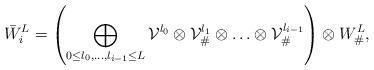
LaTeX: \begin{align*}\bar W_i^L=\left(\bigoplus_{0\le l_0,\ldots,l_{i-1}\le L}{\cal V}^{l_0}\otimes{\cal V}^{l_1}_\#\otimes\ldots\otimes{\cal V}^{l_{i-1}}_\#\right)\otimes W^L_\#,\end{align*}